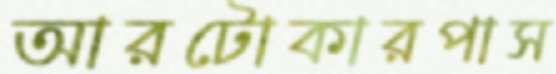
আরটোকারপাস